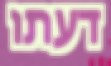
דעתו